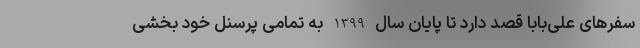
سفرهای علی‌بابا قصد دارد تا پایان سال 1399 به تمامی پرسنل خود بخشی